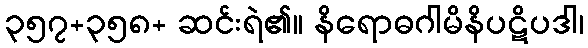
၃၅၇+၃၅၈+ ဆင်းရဲ၏။ နိရောဓဂါမိနိပဋိပဒါ၊